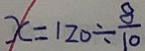
x = 1 2 0 \div \frac { 8 } { 1 0 }